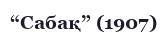
“Сабақ” (1907)